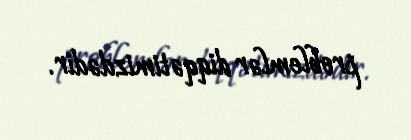
problemlər diqqətimizdədir.